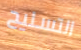
التسليح